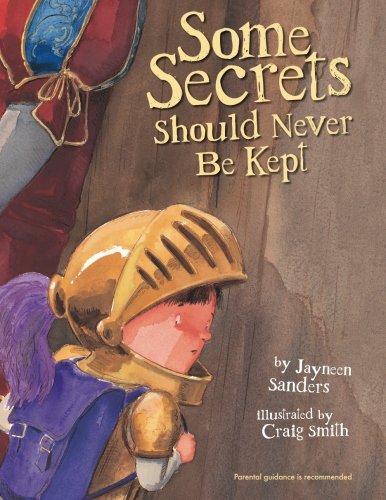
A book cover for Some Secrets Should Never Be Kept; Jayneen Sanders; Parenting & Relationships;